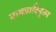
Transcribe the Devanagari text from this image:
मध्यप्रादिनूतन